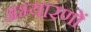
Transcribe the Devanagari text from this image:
अभ्यारणों